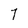
Character: 7